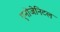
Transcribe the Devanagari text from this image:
एनोजेनिटल